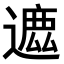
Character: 𨖥